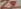
Text: Z3